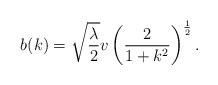
LaTeX: \begin{align*}b(k) = \sqrt{\frac{\lambda}{2}} v \left( \frac{2}{1 + k^2} \right)^{\frac{1}{2}}.\end{align*}